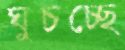
ঘুচচ্ছে